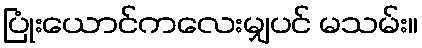
ပြုံးယောင်ကလေးမျှပင် မသမ်း။